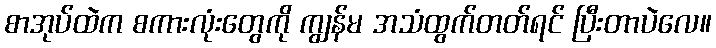
စာအုပ်ထဲက စကားလုံးတွေကို ကျွန်မ အသံထွက်တတ်ရင် ပြီးတာပဲလေ။